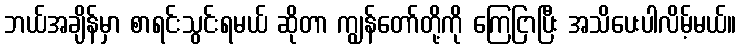
ဘယ်အချိန်မှာ စာရင်းသွင်းရမယ် ဆိုတာ ကျွန်တော်တို့ကို ကြေငြာပြီး အသိပေးပါလိမ့်မယ်။